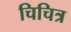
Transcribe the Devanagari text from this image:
चिचित्र